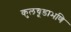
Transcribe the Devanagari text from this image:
कुलचूडाभणि